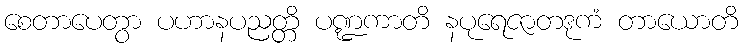
စေတာပေတွာ ပဟာနပညတ္တိ ပဏ္ဍကာတိ နပုရေဇာတဒုကံ တာယောတိ